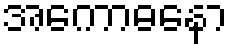
အကောဓနော